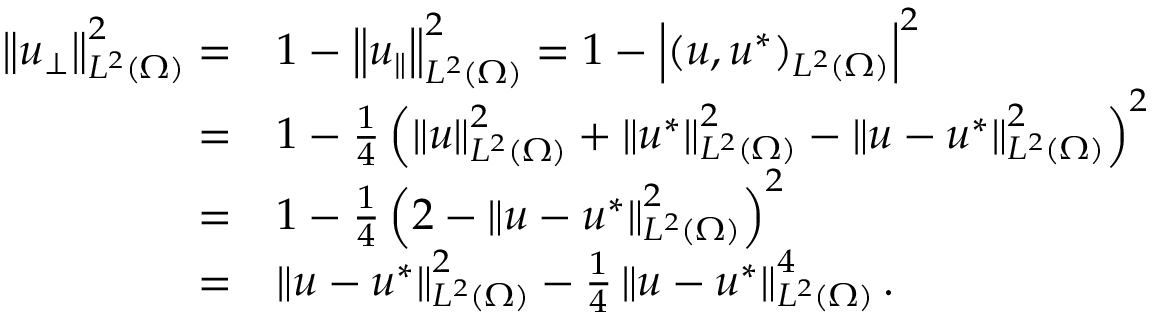
\begin{array} { r l } { \left\Vert u _ { \perp } \right\Vert _ { L ^ { 2 } ( \Omega ) } ^ { 2 } = } & { 1 - \left\Vert u _ { \parallel } \right\Vert _ { L ^ { 2 } ( \Omega ) } ^ { 2 } = 1 - \left| ( u , u ^ { * } ) _ { L ^ { 2 } ( \Omega ) } \right| ^ { 2 } } \\ { = } & { 1 - \frac { 1 } { 4 } \left( \left\Vert u \right\Vert _ { L ^ { 2 } ( \Omega ) } ^ { 2 } + \left\Vert u ^ { * } \right\Vert _ { L ^ { 2 } ( \Omega ) } ^ { 2 } - \left\Vert u - u ^ { * } \right\Vert _ { L ^ { 2 } ( \Omega ) } ^ { 2 } \right) ^ { 2 } } \\ { = } & { 1 - \frac { 1 } { 4 } \left( 2 - \left\Vert u - u ^ { * } \right\Vert _ { L ^ { 2 } ( \Omega ) } ^ { 2 } \right) ^ { 2 } } \\ { = } & { \left\Vert u - u ^ { * } \right\Vert _ { L ^ { 2 } ( \Omega ) } ^ { 2 } - \frac { 1 } { 4 } \left\Vert u - u ^ { * } \right\Vert _ { L ^ { 2 } ( \Omega ) } ^ { 4 } . } \end{array}